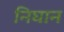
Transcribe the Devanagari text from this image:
निघान